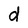
Character: d